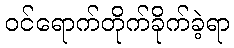
ဝင်ရောက်တိုက်ခိုက်ခဲ့ရာ